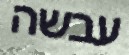
עבשה